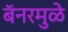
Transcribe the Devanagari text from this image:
बॅनरमुळे